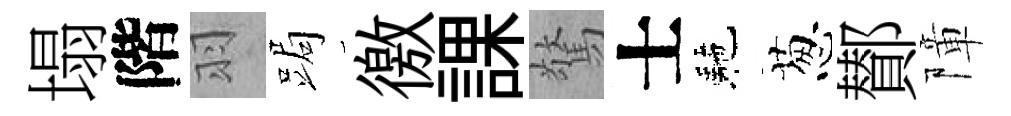
塌階羽跼徼課驚士駰葱鄼障